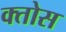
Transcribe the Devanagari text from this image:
क्तोस